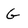
Character: G